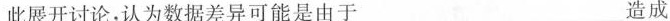
此展开讨论，认为数据差异可能是由于___造成